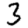
Digit: 3